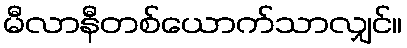
မီလာနီတစ်ယောက်သာလျှင်။